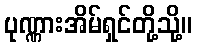
ပုဏ္ဏားအိမ်ရှင်တို့သို့။